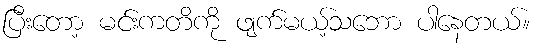
ပြီးတော့ မင်းကတိကို ဖျက်မယ့်သဘော ပါနေတယ်။